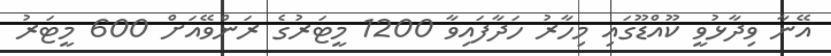
އޭނާ ވިދާޅުވީ ކޫއްޑޫގައި މިހާރު ހަދާފައިވާ 1200 މީޓަރުގެ ރަންވޭއަށް 600 މީޓަރު